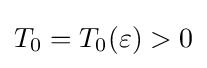
T_{0}=T_{0}(\varepsilon )>0